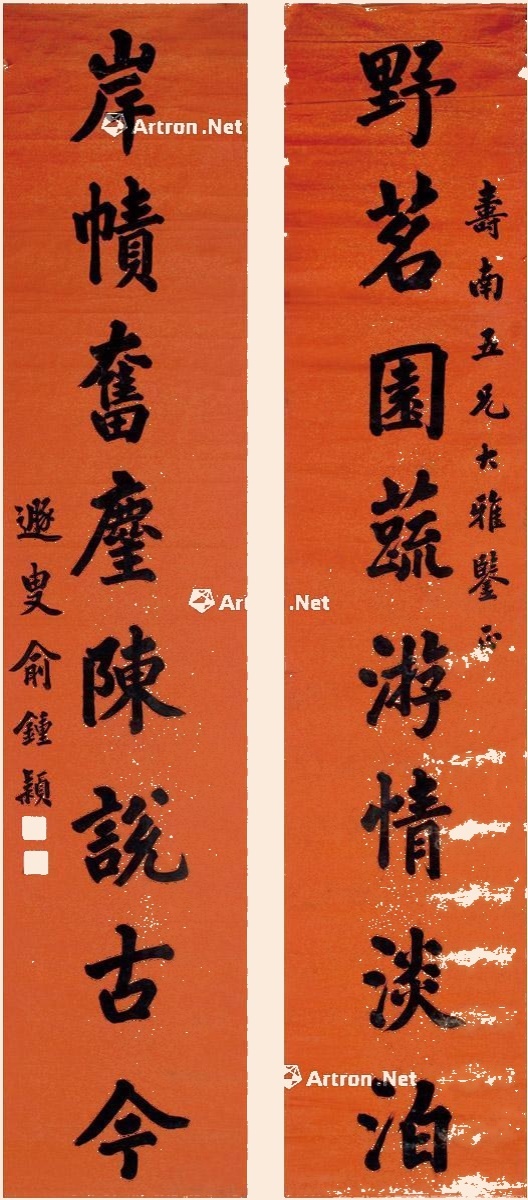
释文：野茗园蔬游情淡泊，岸帻奋麈陈说古今。寿南五兄大雅鉴正，遯叟俞钟颖。